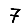
Digit: 7